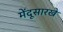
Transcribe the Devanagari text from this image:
मेंदूसारखे